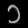
Digit: ၁